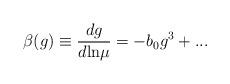
LaTeX: \begin{align*}\beta(g) \equiv \frac{d g}{d {\rm ln} \mu} = - b_0 g^3 + ...\end{align*}